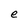
Character: e